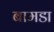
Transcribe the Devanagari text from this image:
बामडा